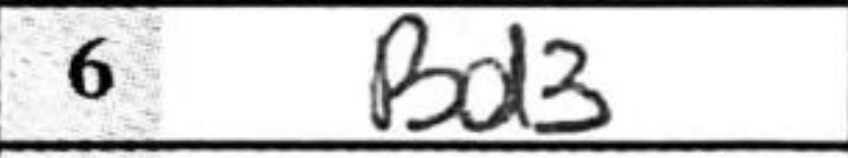
Transcription: Bd3